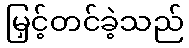
မြှင့်တင်ခဲ့သည်